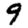
Digit: 9